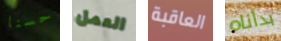
حسنا العمل العاقبة بدأناه